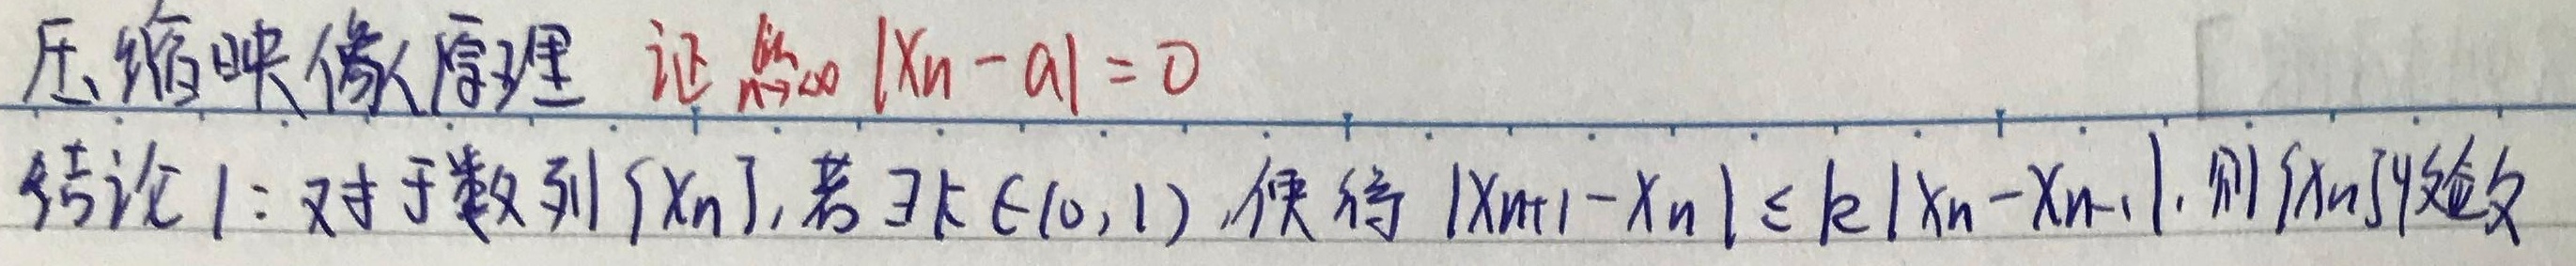
压缩映像原理：证 $\lim_{n \to \infty}|x_n - a| = 0$。
结论1：对于数列 $\{x_n\}$，若 $\exists k\in(0,1)$，使得 $|x_{n + 1}-x_n|\leq k|x_n - x_{n - 1}|$，则 $\{x_n\}$ 收敛。